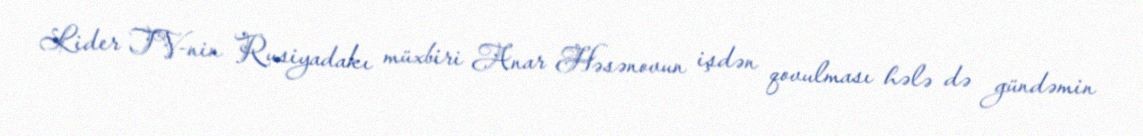
Lider TV-nin Rusiyadakı müxbiri Anar Həsənovun işdən qovulması hələ də gündəmin